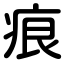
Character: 痕